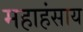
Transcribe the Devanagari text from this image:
महाहंसाय